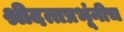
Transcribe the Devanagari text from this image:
श्रीदत्तप्रभूंनीच